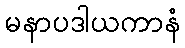
မနာပဒါယကာနံ